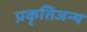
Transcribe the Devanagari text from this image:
प्रकृतिजन्य